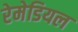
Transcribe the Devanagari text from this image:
रेमेडियल